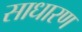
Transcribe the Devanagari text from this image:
साधारण्‍ा